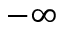
- \infty